Language: tamil
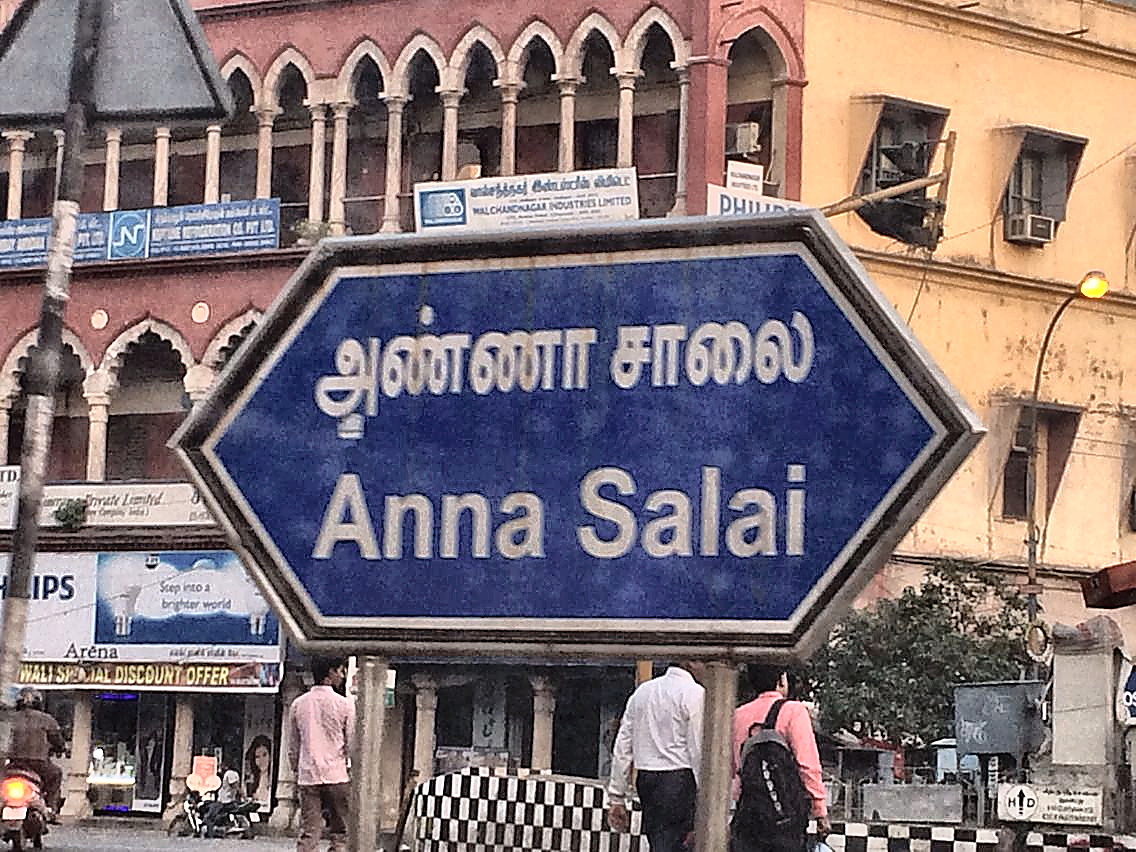
Transcription: ச சாலை அண்ணா